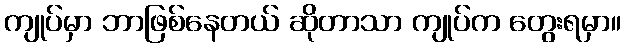
ကျုပ်မှာ ဘာဖြစ်နေတယ် ဆိုတာသာ ကျုပ်က တွေးရမှာ။